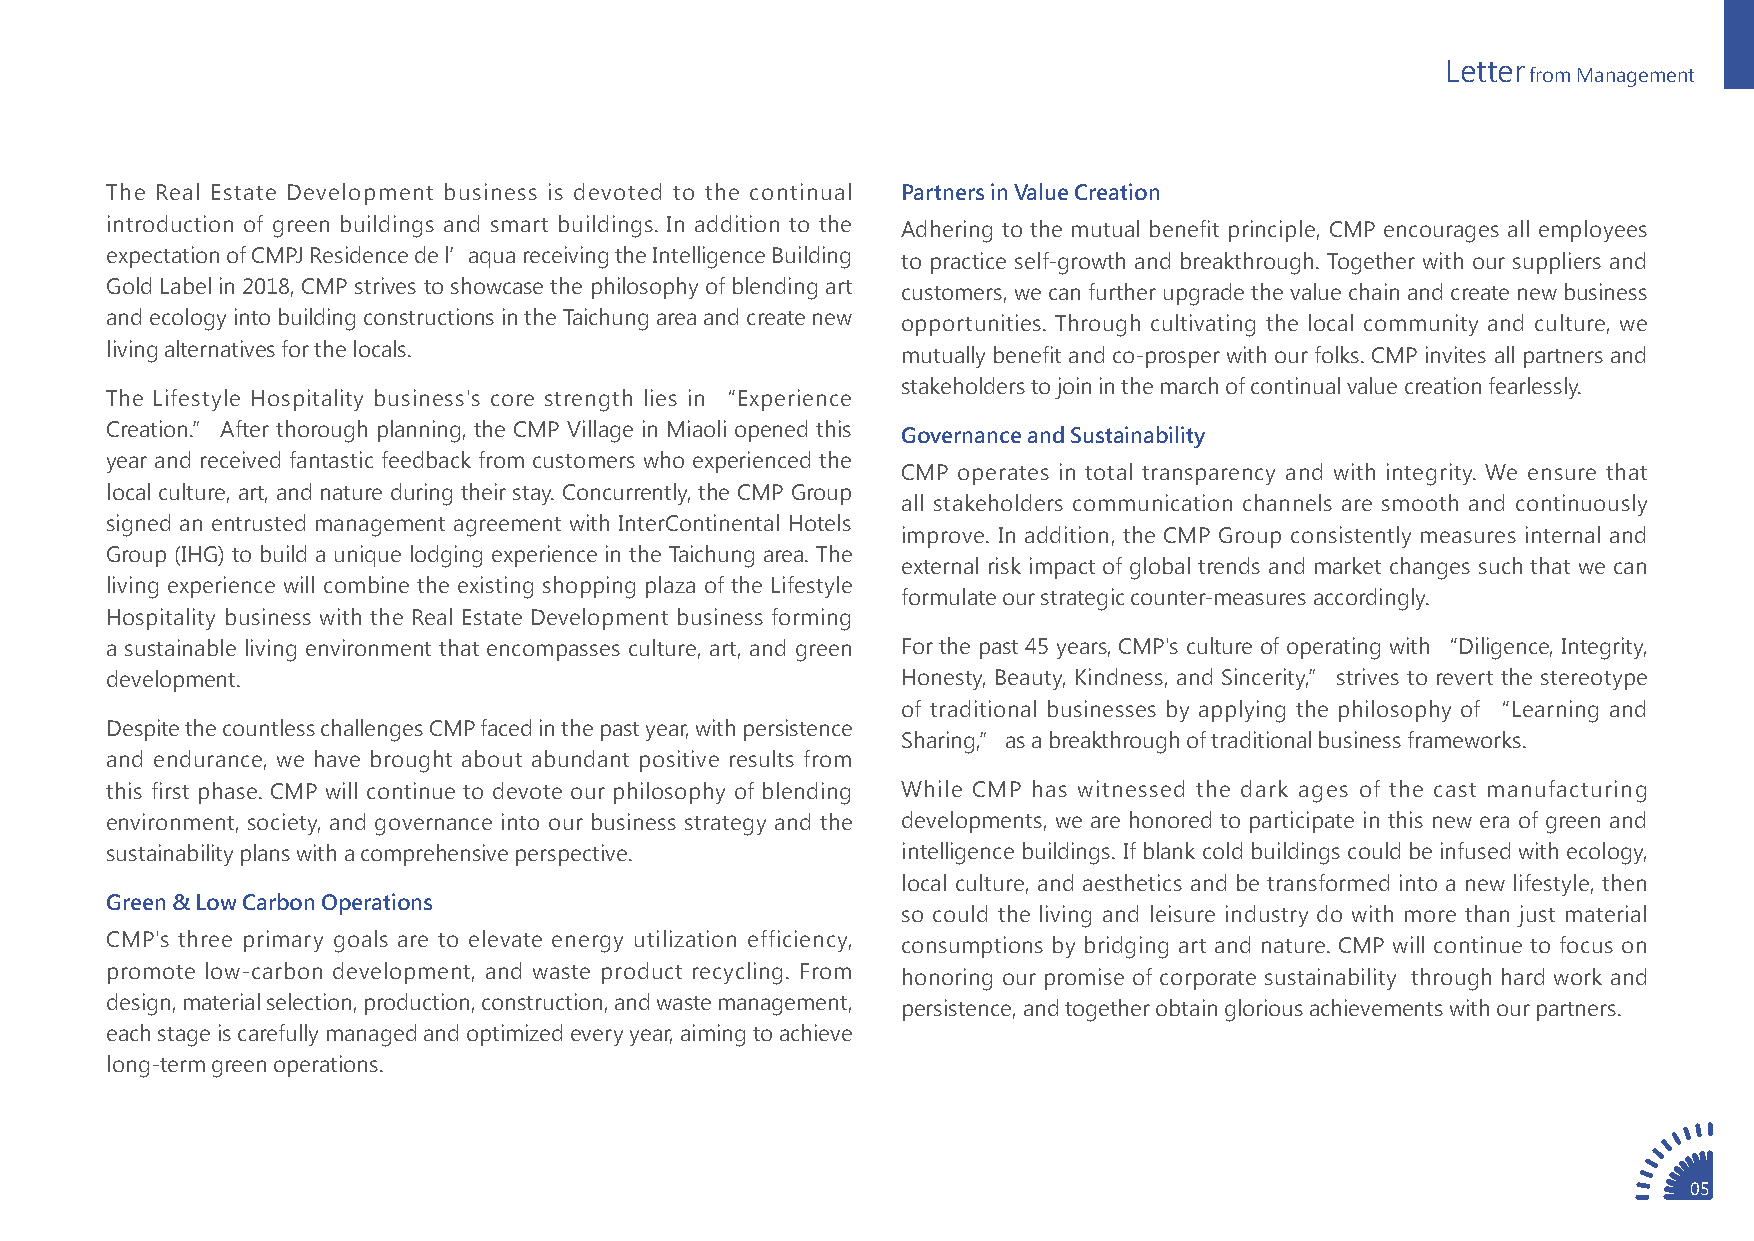
Letter
 from Management
 The Real Estate Development business is devoted to the continual Partners in Value Creation
 introduction of green buildings and smart buildings. In addition to the Adhering to the mutual benefit principle, CMP encourages all employees
 expectation of CMPJ Residence de l’aqua receiving the Intelligence Building to practice self-growth and breakthrough. Together with our suppliers and
 Gold Label in 2018, CMP strives to showcase the philosophy of blending art customers, we can further upgrade the value chain and create new business
 and ecology into building constructions in the Taichung area and create new opportunities. Through cultivating the local community and culture, we
 living alternatives for the locals.                  mutually benefit and co-prosper with our folks. CMP invites all partners and
 stakeholders to join in the march of continual value creation fearlessly.
 The Lifestyle Hospitality business's core strength lies in “Experience
 Creation.” After thorough planning, the CMP Village in Miaoli opened this Governance and Sustainability
 year and received fantastic feedback from customers who experienced the
 CMP operates in total transparency and with integrity. We ensure that
 local culture, art, and nature during their stay. Concurrently, the CMP Group
 all stakeholders communication channels are smooth and continuously
 signed an entrusted management agreement with InterContinental Hotels
 improve. In addition, the CMP Group consistently measures internal and
 Group (IHG) to build a unique lodging experience in the Taichung area. The
 external risk impact of global trends and market changes such that we can
 living experience will combine the existing shopping plaza of the Lifestyle
 formulate our strategic counter-measures accordingly.
 Hospitality business with the Real Estate Development business forming
 a sustainable living environment that encompasses culture, art, and green For the past 45 years, CMP's culture of operating with “Diligence, Integrity,
 development.                                         Honesty, Beauty, Kindness, and Sincerity,” strives to revert the stereotype
 of traditional businesses by applying the philosophy of “Learning and
 Despite the countless challenges CMP faced in the past year, with persistence
 Sharing,” as a breakthrough of traditional business frameworks.
 and endurance, we have brought about abundant positive results from
 this first phase. CMP will continue to devote our philosophy of blending While CMP has witnessed the dark ages of the cast manufacturing
 environment, society, and governance into our business strategy and the developments, we are honored to participate in this new era of green and
 sustainability plans with a comprehensive perspective. intelligence buildings. If blank cold buildings could be infused with ecology,
 local culture, and aesthetics and be transformed into a new lifestyle, then
 Green & Low Carbon Operations
 so could the living and leisure industry do with more than just material
 CMP's three primary goals are to elevate energy utilization efficiency, consumptions by bridging art and nature. CMP will continue to focus on
 promote low-carbon development, and waste product recycling. From honoring our promise of corporate sustainability through hard work and
 design, material selection, production, construction, and waste management, persistence, and together obtain glorious achievements with our partners.
 each stage is carefully managed and optimized every year, aiming to achieve
 long-term green operations.
 05